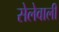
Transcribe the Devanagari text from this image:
सेलेवाली